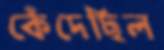
কেঁদেছিল